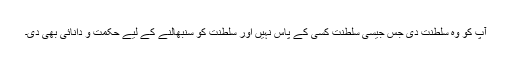
آپ کو وہ سلطنت دی جس جیسی سلطنت کسی کے پاس نہیں اور سلطنت کو سنبھالنے کے لیے حکمت و دانائی بھی دی۔